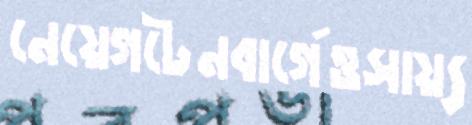
নেয়েগটেনবার্গেওসায়্য